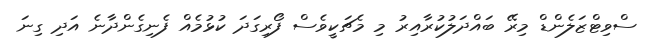
ސްވިޓްޒަލެންޑް މިރޭ ބައްދަލުކުރާއިރު މި މެޗަކީވެސް ފޯރިގަދަ ކުޅުމެއް ފެނިގެންދާނެ އަދި ގިނަ